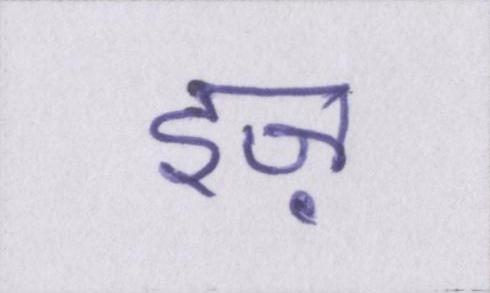
इज़